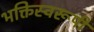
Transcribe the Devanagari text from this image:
भक्तिस्वरूपी